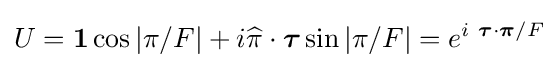
U=\mathbf {1} \cos |\pi /F|+i{\widehat {\pi }}\cdot {\boldsymbol {\tau }}\sin |\pi /F|=e^{i~{\boldsymbol {\tau }}\cdot {\boldsymbol {\pi }}/F}